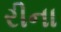
રીના